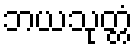
ဘယသုတ္တံ